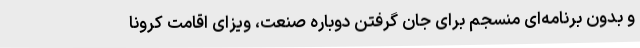
و بدون برنامه‌ای منسجم برای جان گرفتن دوباره صنعت، ویزای اقامت کرونا